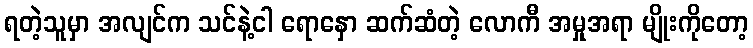
ရတဲ့သူမှာ အလျင်က သင်နဲ့ငါ ရောနှော ဆက်ဆံတဲ့ လောကီ အမှုအရာ မျိုးကိုတော့